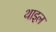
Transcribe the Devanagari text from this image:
थाइल